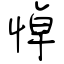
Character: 悼